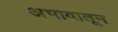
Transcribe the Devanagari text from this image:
अभावातून